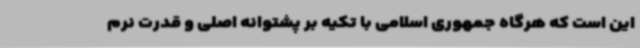
این است که هرگاه جمهوری اسلامی با تکیه بر پشتوانه اصلی و قدرت نرم